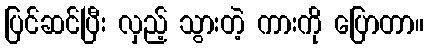
ပြင်ဆင်ပြီး လှည့် သွားတဲ့ ကားကို ပြောတာ။